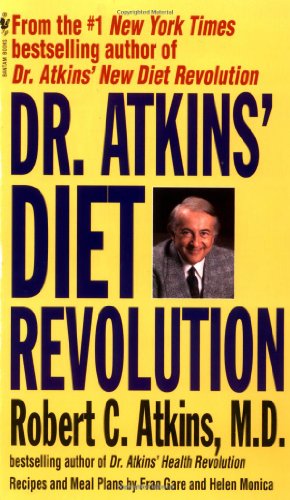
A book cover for Dr. Atkins' Diet Revolution; Robert C. Atkins; Cookbooks, Food & Wine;